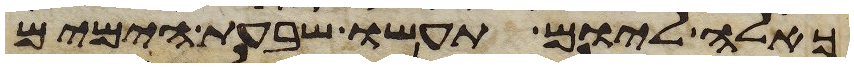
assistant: כאלה ליום תעשו שבעת הימים